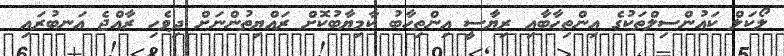
ލޯކަލް ކައުންސިލްތަކުގެ އިންތިހާބާއި ރިޔާސީ އިންތިހާބު ކާމިޔާބުކޮށް ރައްޔިތުންނަށް ދިވެހި ރާއްޖެ އަނބުރައި